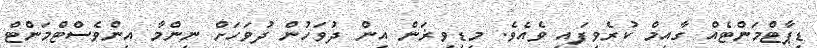
ޑިޕާޓްމަންޓެއް ގާއިމް ކުރެވިފައި ވެއެވެ. މިޑިވިޜަން އިން ދުވަހުން ދުވަހަށް ނިންމާ އިންވެސްޓްމަންޓް